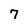
Character: 7